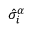
\hat { \sigma } _ { i } ^ { \alpha }